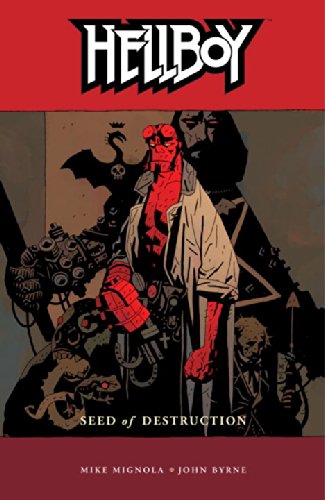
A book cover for Hellboy, Vol. 1: Seed of Destruction; Mike Mignola; Comics & Graphic Novels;